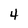
Character: 4